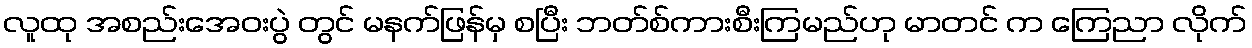
လူထု အစည်းအေဝးပွဲ တွင် မနက်ဖြန်မှ စပြီး ဘတ်စ်ကားစီးကြမည်ဟု မာတင် က ကြေညာ လိုက်